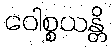
ဝေါစ္စယန္တိ